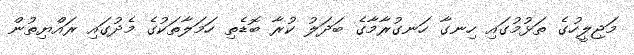
މަޖިލީހުގެ ތަޅުމުގައި ހިނގާ ހަނގުރާމާގެ ބަދަލު ކުރާ ބޮޑެތި ހަމަލާތަކުގެ މެދުގައި ރައްޔިތުން